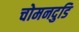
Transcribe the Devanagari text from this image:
चोमनदुडि